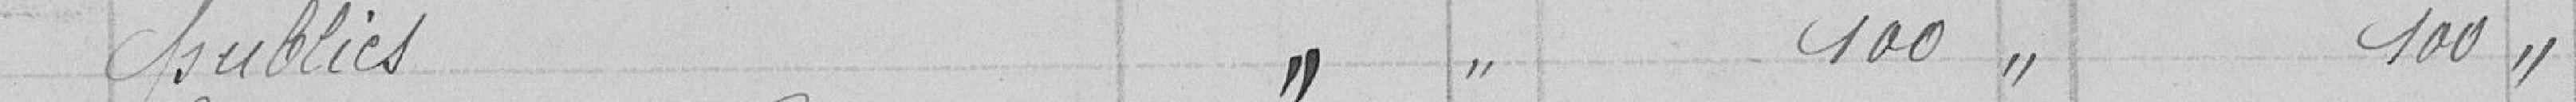
publics " " 100 " 100  "